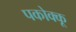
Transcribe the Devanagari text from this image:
पकोक्कू